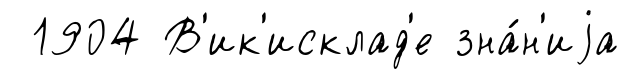
1904 В'ик'исклад'е зна́н'иjа